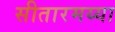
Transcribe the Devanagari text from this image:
सीतारमय्या